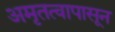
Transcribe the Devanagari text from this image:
अमृतत्वापासून